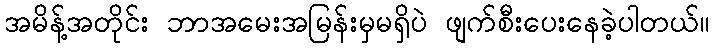
အမိန့်အတိုင်း ဘာအမေးအမြန်းမှမရှိပဲ ဖျက်စီးပေးနေခဲ့ပါတယ်။